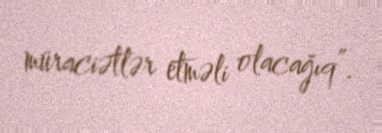
müraciətlər etməli olacağıq”.